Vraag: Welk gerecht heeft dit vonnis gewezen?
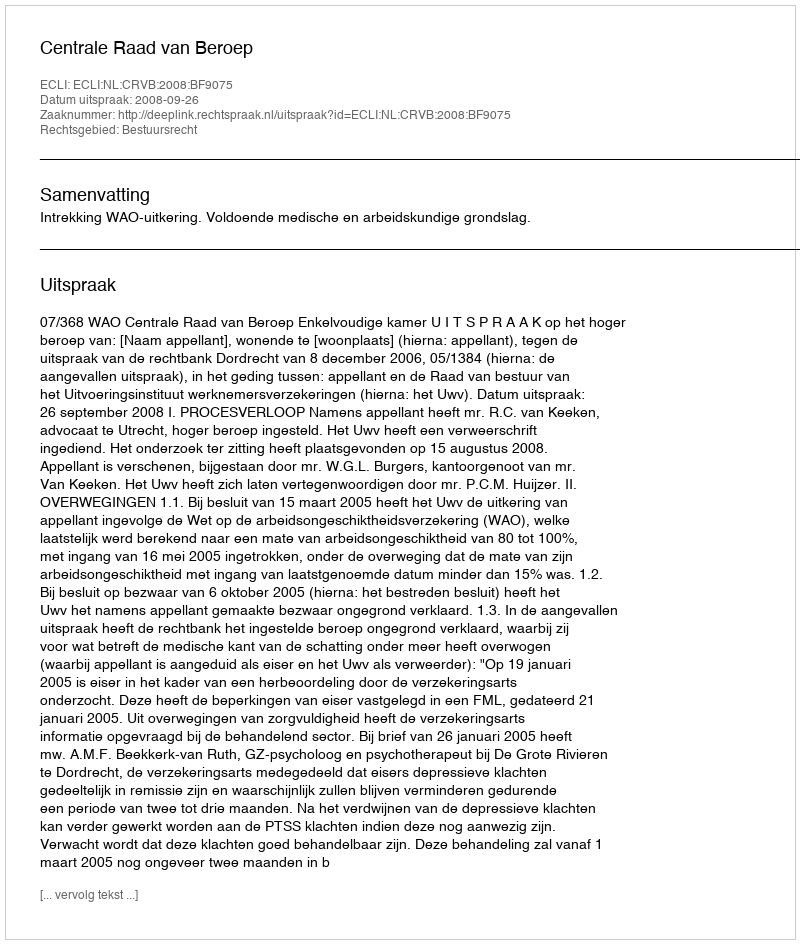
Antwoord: Centrale Raad van Beroep